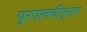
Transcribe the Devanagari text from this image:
पूरपातळीनुसार